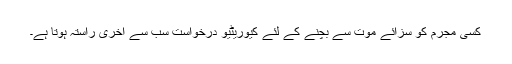
کسی مجرم کو سزائے موت سے بچنے کے لئے کیوریٹیو درخواست سب سے آخری راستہ ہوتا ہے۔